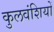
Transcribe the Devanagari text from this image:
कुलवंशियों